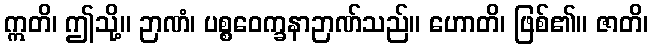
ဣတိ၊ ဤသို့။ ဉာဏံ၊ ပစ္စဝေက္ခနာဉာဏ်သည်။ ဟောတိ၊ ဖြစ်၏။ ဇာတိ၊